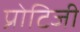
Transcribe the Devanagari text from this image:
प्रोटिजी